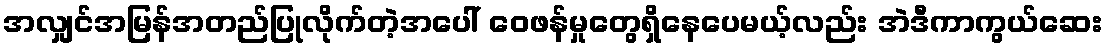
အလျှင်အမြန်အတည်ပြုလိုက်တဲ့အပေါ် ဝေဖန်မှုတွေရှိနေပေမယ့်လည်း အဲဒီကာကွယ်ဆေး